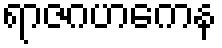
ရာဇဂဟကေန